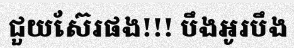
ជួយស៊ែរផង!!! បឹងអូរបឹង